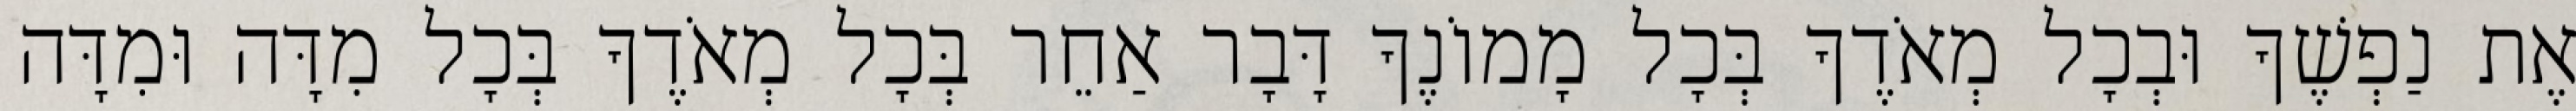
אֶת נַפְשֶׁךָ וּבְכָל מְאֹדֶךָ בְּכָל מָמוֹנֶךָ דָּבָר אַחֵר בְּכָל מְאֹדֶךָ בְּכָל מִדָּה וּמִדָּה